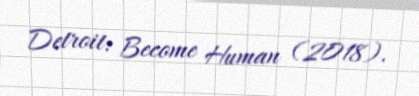
Detroit: Become Human (2018).